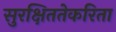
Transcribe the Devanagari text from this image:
सुरक्षिततेकरिता